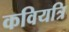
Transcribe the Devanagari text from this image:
कवियत्रि